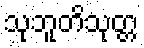
သုဘူတိသုတ္တ